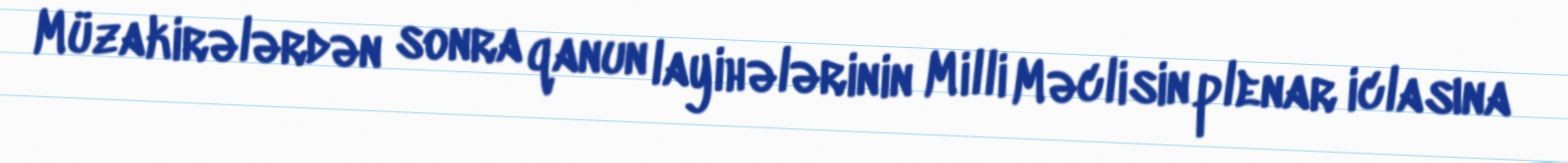
Müzakirələrdən sonra qanun layihələrinin Milli Məclisin plenar iclasına